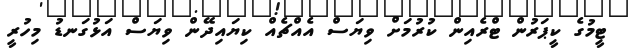
ޓީމުގެ ކީޕަރުން ޓްރެއިން ކުރުމަށް ވިޔަސް އެއްޗެއް ކިޔައިދޭން ވިޔަސް އަޅުގަނޑު މިހުރީ